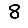
Digit: 8